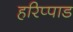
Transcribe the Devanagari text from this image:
हरिप्पाड